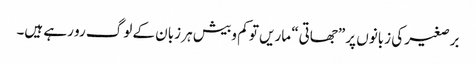
برصغیر کی زبانوں پر ”جھاتی“ ماریں تو کم و بیش ہر زبان کے لوگ رو رہے ہیں۔